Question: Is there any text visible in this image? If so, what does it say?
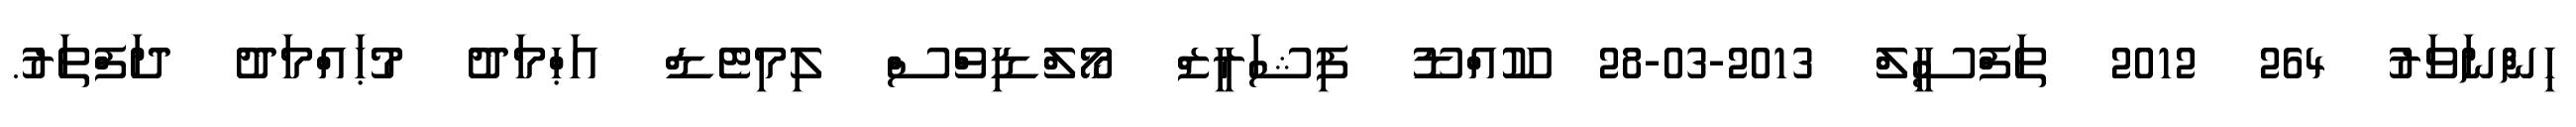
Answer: ހިންނަވަރު 264 2012 ތަފްސީލް 2013-03-28 ކޫއްޑޫ ފިޝަރީޒް މޯލްޑިވްސް ލިމިޓެޑް އަޙްމަދު މުޙައްމަދު ދަފްތަރު.